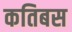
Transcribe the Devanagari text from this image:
कतिबस